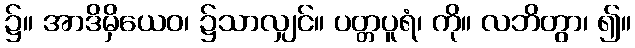
၌။ အာဒိမှိယေဝ၊ ၌သာလျှင်။ ပတ္တပူရံ၊ ကို။ လဘိတွာ၊ ၍။